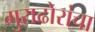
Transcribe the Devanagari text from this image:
गुराढोरांचा